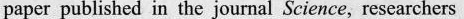
paper published in the journal Science, researchers